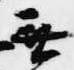
無